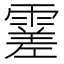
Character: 𩄝